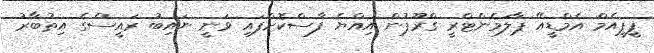
ޕީޕީއެމް އެމްޑީއޭ ޕާލަމެންޓްރީ ގްރޫޕުން އިއްޔެ ފާސްކޮށްފައި ވަނީ ނައިބު ރައީސްގެ އިތުބާރު